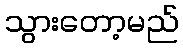
သွားတော့မည်